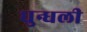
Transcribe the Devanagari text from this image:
धुन्धली